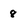
Character: 8